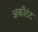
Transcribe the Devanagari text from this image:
अकौटंट